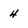
Character: 4